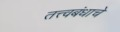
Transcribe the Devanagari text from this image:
तत्त्वबंधाचे